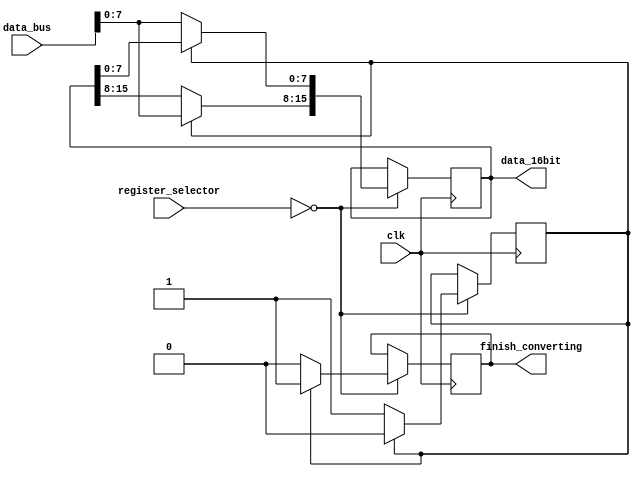
module writeBuffer(clk,data_bus,data_16bit,finish_converting,register_selector);
input clk;
input[15:0]data_bus;
output reg[15:0]data_16bit;
reg flag;
output reg finish_converting;
input [11:0]register_selector;
initial
begin
flag=0;
finish_converting=0;
end
always@(posedge clk)
begin
if(register_selector == 12'h000)
begin
if(flag==0)
begin
flag=1;
finish_converting=0;
data_16bit[7:0]=data_bus[7:0];
//data_16bit[15:8]=8'h00;
end
else if(flag==1)
begin
data_16bit[15:8]=data_bus[7:0];
flag=0;
finish_converting=1;
end
end
end
endmodule